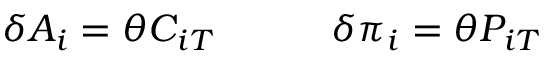
\delta A _ { i } = \theta C _ { i T } \quad \qquad \delta \pi _ { i } = \theta P _ { i T }